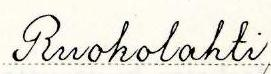
Ruokolahti